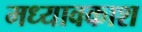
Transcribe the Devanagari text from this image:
मध्यावकाश